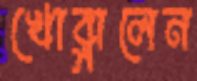
খোব্‌লালেন